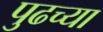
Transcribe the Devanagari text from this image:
पुढच्‍या